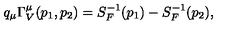
q _ { \mu } \Gamma _ { V } ^ { \mu } ( p _ { 1 } , p _ { 2 } ) = S _ { F } ^ { - 1 } ( p _ { 1 } ) - S _ { F } ^ { - 1 } ( p _ { 2 } ) ,